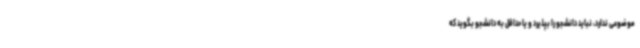
موضوعی ندارد، نباید دانشجو را بپذیرد و یا حداقل به دانشجو بگوید که